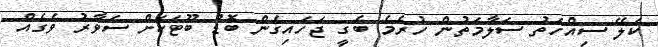
ކަލޭ ސިއްހަތު ސަލާމަތުން ހުރެމެ ބެގީ ޖަހައިގެން ބޮޑު ބޫޓަކަށް ސަވާރު ވެގެއް